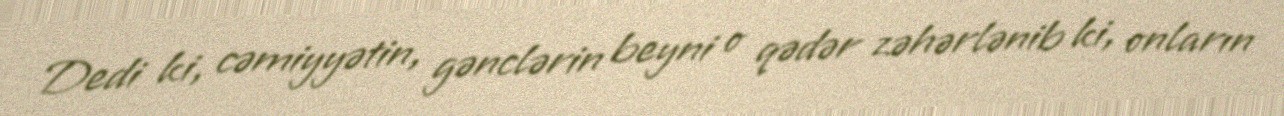
Dedi ki, cəmiyyətin, gənclərin beyni o qədər zəhərlənib ki, onların